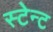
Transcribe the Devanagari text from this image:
स्टेन्ट